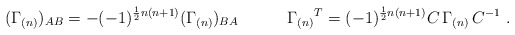
\begin{align*}(\Gamma_{(n)})_{AB}=-(-1)^{\frac{1}{2}n(n+1)}(\Gamma_{(n)})_{BA}\qquad\quad\Gamma_{(n)}{}^T=(-1)^{\frac{1}{2}n(n+1)}C\,\Gamma_{(n)}\,C^{-1}\ .\end{align*}